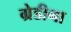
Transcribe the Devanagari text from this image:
ग्रेडीना